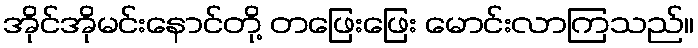
အိုင်အိုမင်းနောင်တို့ တဖြေးဖြေး မောင်းလာကြသည်။